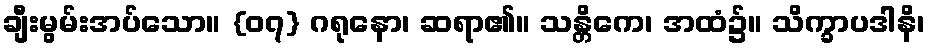
ချီးမွမ်းအပ်သော။ {၀၇} ဂရုနော၊ ဆရာ၏။ သန္တိကေ၊ အထံ၌။ သိက္ခာပဒါနိ၊